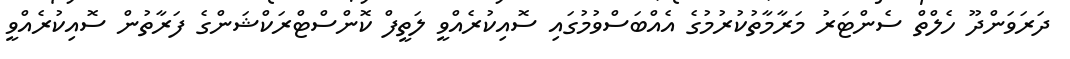
ދަރަވަންދޫ ހެލްތް ސެންޓަރު މަރާމާތުކުރުމުގެ އެއްބަސްވުމުގައި ސޮއިކުރެއްވީ ލަތީފް ކޮންސްޓްރަކްޝަންގެ ފަރާތުން ސޮއިކުރެއްވީ